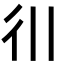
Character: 𫹋